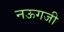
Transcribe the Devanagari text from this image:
नऊगजी